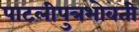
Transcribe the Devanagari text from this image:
पाटलीपुत्रभोवती